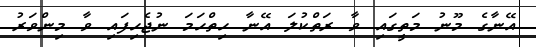
އޭނާގެ މޫނު މަތީގައި ވާ ރަތްކުލަ އޭނާ ހިތްހަމަ ނުޖެހިފައި ވާ މިންވަރު